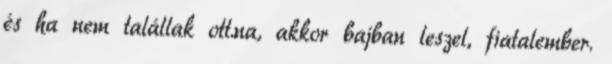
és ha nem talállak ott.na, akkor bajban leszel, fiatalember.